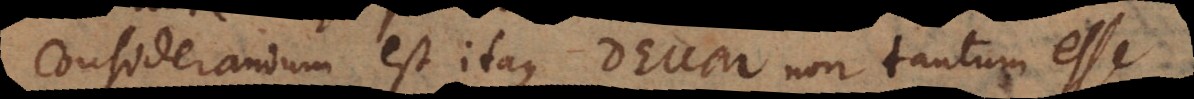
Considerandum est itaque Deum non tantum esse